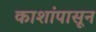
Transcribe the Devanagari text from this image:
काशांपासून